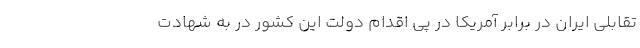
تقابلی ایران در برابر آمریکا در پی اقدام دولت این کشور در به شهادت